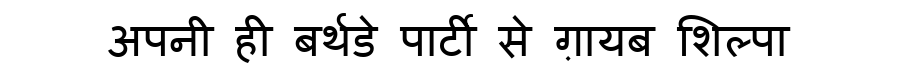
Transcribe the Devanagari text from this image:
अपनी ही बर्थडे पार्टी से ग़ायब शिल्पा